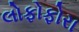
લોફોફોરા